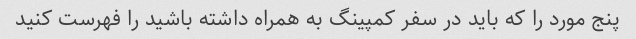
پنج مورد را که باید در سفر کمپینگ به همراه داشته باشید را فهرست کنید